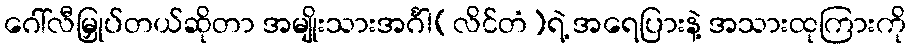
ဂေါ်လီမြှုပ်တယ်ဆိုတာ အမျိုးသားအင်္ဂါ(လိင်တံ)ရဲ့ အရေပြားနဲ့ အသားထုကြားကို